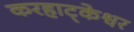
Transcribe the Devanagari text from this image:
करहाट्केश्वर